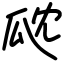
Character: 㼉